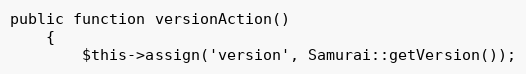
Language: PHP
public function versionAction()
    {
        $this->assign('version', Samurai::getVersion());